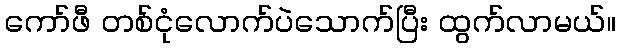
ကော်ဖီ တစ်ငုံလောက်ပဲသောက်ပြီး ထွက်လာမယ်။